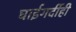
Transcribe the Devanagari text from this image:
घाईगर्दीही